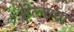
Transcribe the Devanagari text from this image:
शेल्याचा